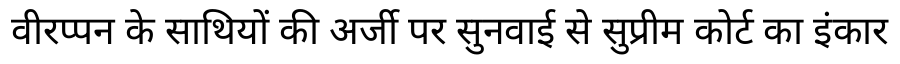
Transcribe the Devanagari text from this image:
वीरप्पन के साथियों की अर्जी पर सुनवाई से सुप्रीम कोर्ट का इंकार